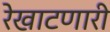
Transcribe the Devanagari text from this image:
रेखाटणारी